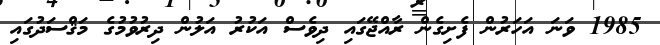
1985 ވަނަ އަހަރުން ފެށިގެން ރާއްޖޭގައި ދިވެސް އަކުރު އަލުން ދިރުވުމުގެ މަޤްސަދުގައި